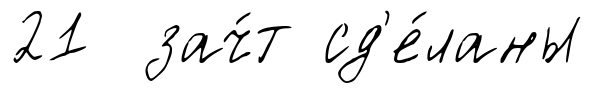
21 зач́т сд'е́ланы